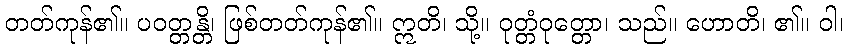
တတ်ကုန်၏။ ပဝတ္တန္တိ၊ ဖြစ်တတ်ကုန်၏။ ဣတိ၊ သို့။ ဝုတ္တံဝုတ္တော၊ သည်။ ဟောတိ၊ ၏။ ဝါ၊